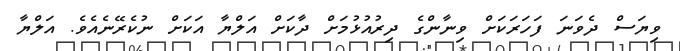
ވިޔަސް ދެވަނަ ފަހަރަކަށް ވިނާންގެ ދިރުއުޅުމަށް ދާކަށް އަލްޔާ އަކަށް ނުކެރޭނެއެވެ. އަލްޔާ